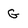
Character: G